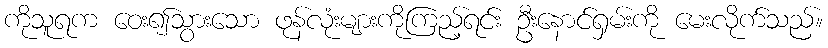
ကိုသူရက ဝေး၍သွားသော ဖုန်လုံးများကိုကြည့်ရင်း ဦးနောင်ရှမ်းကို မေးလိုက်သည်။